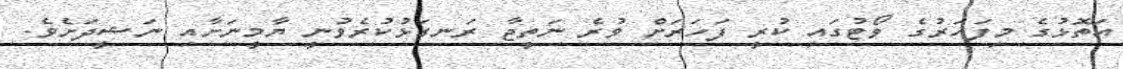
އަތޮޅުގެ މިފަހަރުގެ ވޯޓުގައި ކުރީ ފަހަރަށް ވުރެ ނަތީޖާ ރަނގަޅުކުރެވުނީ ޔާމީނަށާއި ނަޝީދަށެވެ.